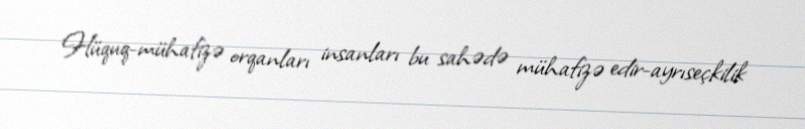
Hüquq-mühafizə orqanları insanları bu sahədə mühafizə edir-ayrıseçkilik